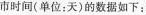
市时间(单位：天)的数据如下：